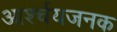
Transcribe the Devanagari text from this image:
आर्श्चयजनक